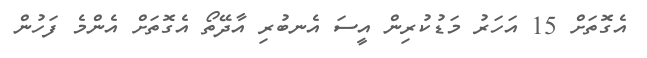
އެގޮތަށް 15 އަހަރު މަޑުކުރިން އީސަ އެނބުރި އާދޭތޯ އެގޮތަށް އެންމެ ފަހުން